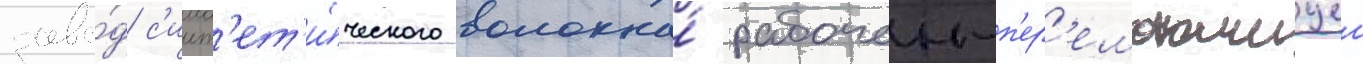
заво́д с'инт'ет'и́ческого волокна́ рабочеи-п'ер'емотчицеи